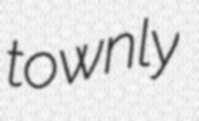
townly